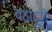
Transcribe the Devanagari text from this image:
बहाद्दुरी